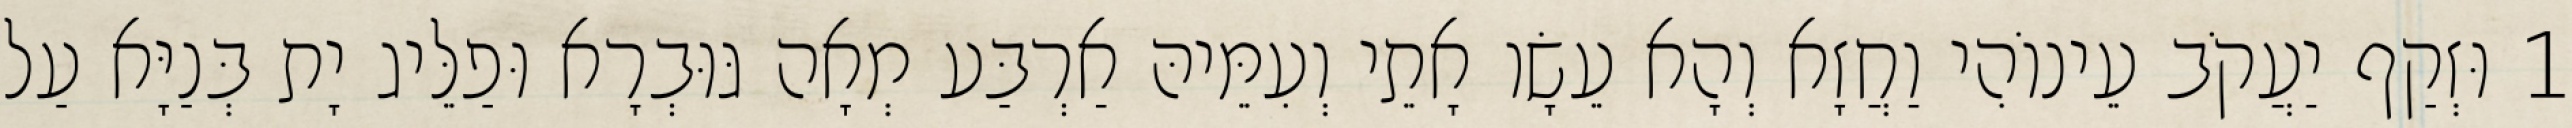
1 וּזְקַף יַעֲקֹב עֵינוֹהִי וַחֲזָא וְהָא עֵשָׂו אָתֵי וְעִמֵּיהּ אַרְבַּע מְאָה גּוּבְרָא וּפַלֵּיג יָת בְּנַיָּא עַל